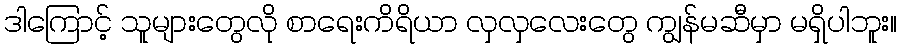
ဒါကြောင့် သူများတွေလို စာရေးကိရိယာ လှလှလေးတွေ ကျွန်မဆီမှာ မရှိပါဘူး။